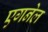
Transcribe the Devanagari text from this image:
एगनेल